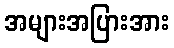
အများအပြားအား